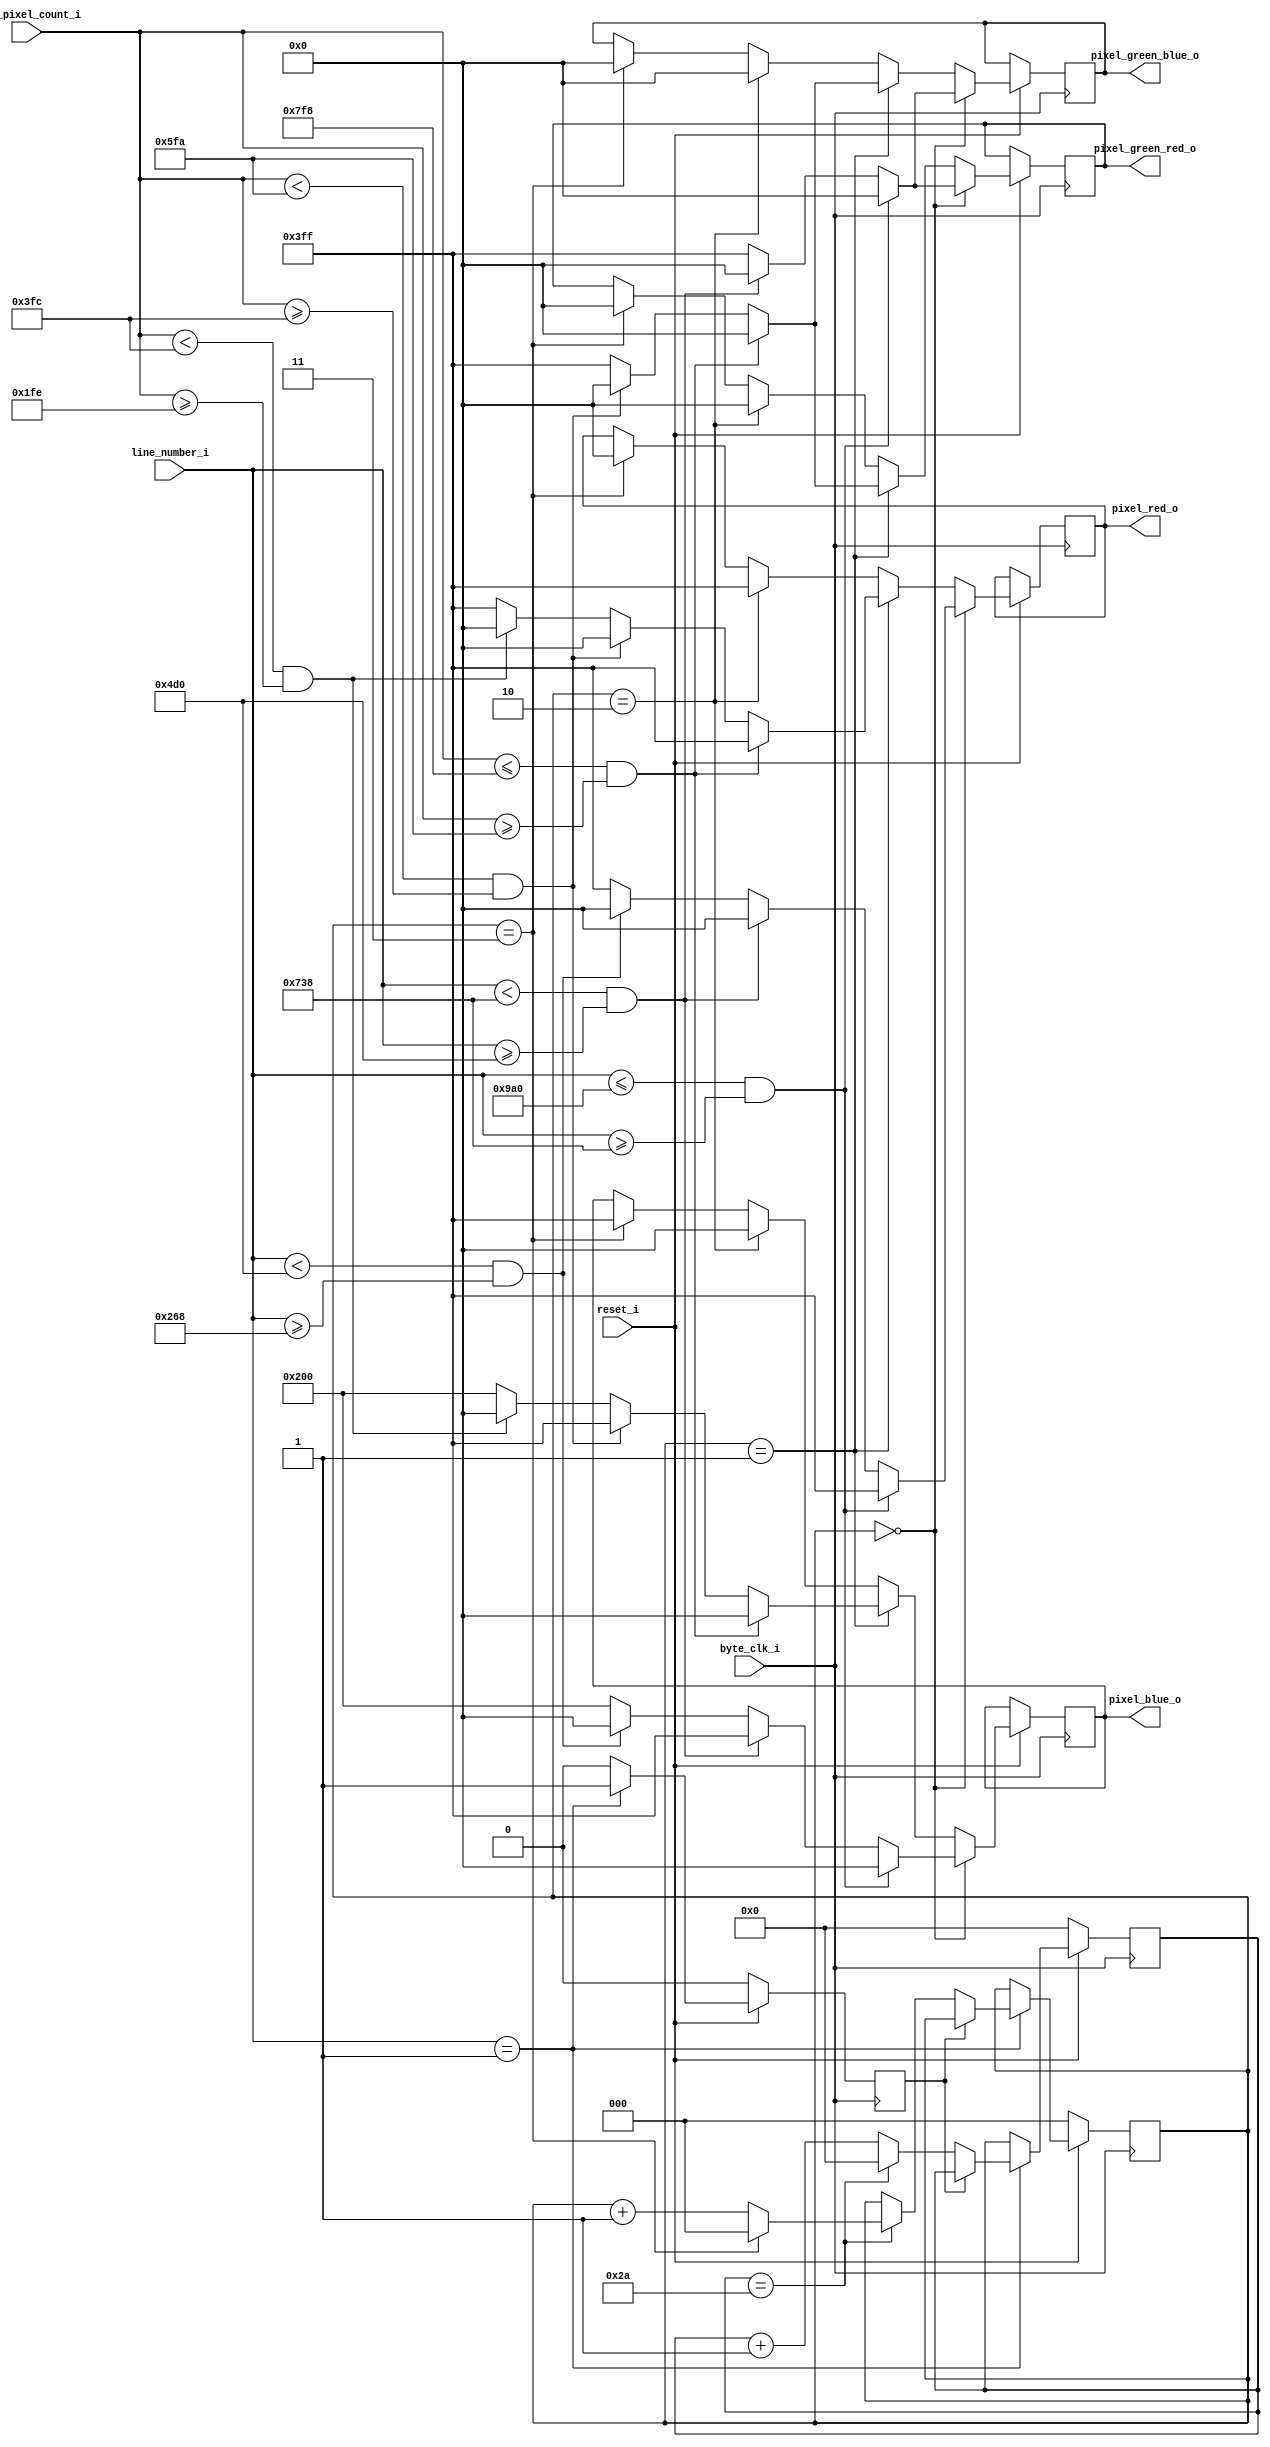
module image_generator ( 
                    reset_i,
					byte_clk_i,
					line_number_i,
                    hori_pixel_count_i,
					pixel_red_o,
					pixel_green_red_o,
					pixel_green_blue_o,
					pixel_blue_o
					);
					
					
	input reset_i;
	input byte_clk_i;
	input [11:0]line_number_i;
    input [11:0]hori_pixel_count_i;	
	
	output reg [9:0]pixel_red_o;
	output reg [9:0]pixel_green_red_o;
	output reg [9:0]pixel_green_blue_o;
	output reg [9:0]pixel_blue_o;
	
	reg [5:0]FrameCnt;
	reg FrameCntIncrComplete;
	
	reg [2:0]image_pattern;
	
	initial begin
		image_pattern <= 0;
		FrameCnt <= 6'd0;
		FrameCntIncrComplete <= 0;
	end
	
	always @(posedge byte_clk_i) begin
		if(~reset_i) begin
			image_pattern <= 3'd0;
			FrameCnt <= 6'd0;
			FrameCntIncrComplete <= 0;
		end
		else begin
			if(line_number_i == 1) begin
				if(FrameCntIncrComplete == 0) begin
					FrameCntIncrComplete <= 1;
				    FrameCnt <= FrameCnt + 1;
				    if(FrameCnt == 42) begin	           //change the image every 42 frames				    
					    if(image_pattern == 3) begin
						    image_pattern <= 0;
					    end
                        else begin
                            image_pattern <= image_pattern + 1;
                        end							
					    FrameCnt <= 0;
				    end
				end
			end
			else begin
				FrameCntIncrComplete <= 0;
			end
			
			//Image 0, horizontal lines of red blue green and white/yellow
			if(image_pattern == 0) begin
				if((line_number_i <= 2464) && (line_number_i >= 1848)) begin
					pixel_red_o <=        10'b1111111111;   
	                pixel_green_red_o <=  10'b0000000000;    
	                pixel_green_blue_o <= 10'b0000000000;    
	                pixel_blue_o <=       10'b0000000000;
				end
				else if((line_number_i < 1848) && (line_number_i >= 1232)) begin
					pixel_red_o <=        10'b0000000000;   
	                pixel_green_red_o <=  10'b0000000000;    
	                pixel_green_blue_o <= 10'b0000000000;    
	                pixel_blue_o <=       10'b1111111111;
				end
				else if((line_number_i < 1232) && (line_number_i >= 616)) begin
					pixel_red_o <=        10'b0000000000;   
	                pixel_green_red_o <=  10'b1111111111;    
	                pixel_green_blue_o <= 10'b1111111111;    
	                pixel_blue_o <=       10'b0000000000;
				end
				else begin
					pixel_red_o <=        10'b1111111111;   
	                pixel_green_red_o <=  10'b1111111111;    
	                pixel_green_blue_o <= 10'b1111111111;    
	                pixel_blue_o <=       10'b1000000000;
				end					
			end
			//Image 1, vertical lines of red blue green and white/yellow
			else if(image_pattern == 1) begin
				if((hori_pixel_count_i <= 2040) && (hori_pixel_count_i >= 1530)) begin
					pixel_red_o <=        10'b1111111111;   
	                pixel_green_red_o <=  10'b0000000000;    
	                pixel_green_blue_o <= 10'b0000000000;    
	                pixel_blue_o <=       10'b0000000000;
				end
				else if((hori_pixel_count_i < 1530) && (hori_pixel_count_i >= 1020)) begin
					pixel_red_o <=        10'b0000000000;   
	                pixel_green_red_o <=  10'b0000000000;    
	                pixel_green_blue_o <= 10'b0000000000;    
	                pixel_blue_o <=       10'b1111111111;
				end
				else if((hori_pixel_count_i < 1020) && (hori_pixel_count_i >= 510)) begin
					pixel_red_o <=        10'b0000000000;   
	                pixel_green_red_o <=  10'b1111111111;    
	                pixel_green_blue_o <= 10'b1111111111;    
	                pixel_blue_o <=       10'b0000000000;
				end
				else begin
					pixel_red_o <=        10'b1111111111;   
	                pixel_green_red_o <=  10'b1111111111;    
	                pixel_green_blue_o <= 10'b1111111111;    
	                pixel_blue_o <=       10'b1000000000;
				end
			end
			//image 2 full red screen
			else if(image_pattern == 2) begin
					pixel_red_o <=        10'b1111111111;   
	                pixel_green_red_o <=  10'b0000000000;    
	                pixel_green_blue_o <= 10'b0000000000;    
	                pixel_blue_o <=       10'b0000000000;
			end
			//image 3 full blue screen
			else if(image_pattern == 3) begin
					pixel_red_o <=        10'b0000000000;   
	                pixel_green_red_o <=  10'b0000000000;    
	                pixel_green_blue_o <= 10'b0000000000;    
	                pixel_blue_o <=       10'b1111111111;
			end
		end
	end	
	
endmodule